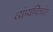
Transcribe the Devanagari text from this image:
व्यंग्यचित्रांत